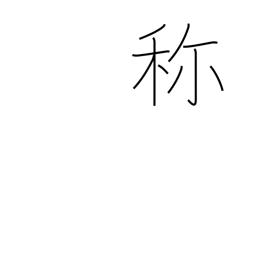
Meaning: name